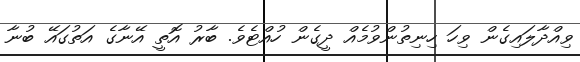
ވިއްދާލައިގެން ވިހަ ހިނިތުންވުމެއް ދީގެން ހުއްޓެވެ. ބާރު އޮތީ އޭނާގެ އަތުގައޭ ބުނާ